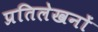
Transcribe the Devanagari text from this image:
प्रतिलेखनों